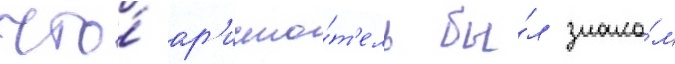
что́ ар'исто́т'ель бы́л знако́м